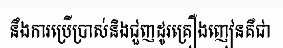
នឹងការប្រើប្រាស់និងជួញដូរគ្រឿងញៀនគឺជា